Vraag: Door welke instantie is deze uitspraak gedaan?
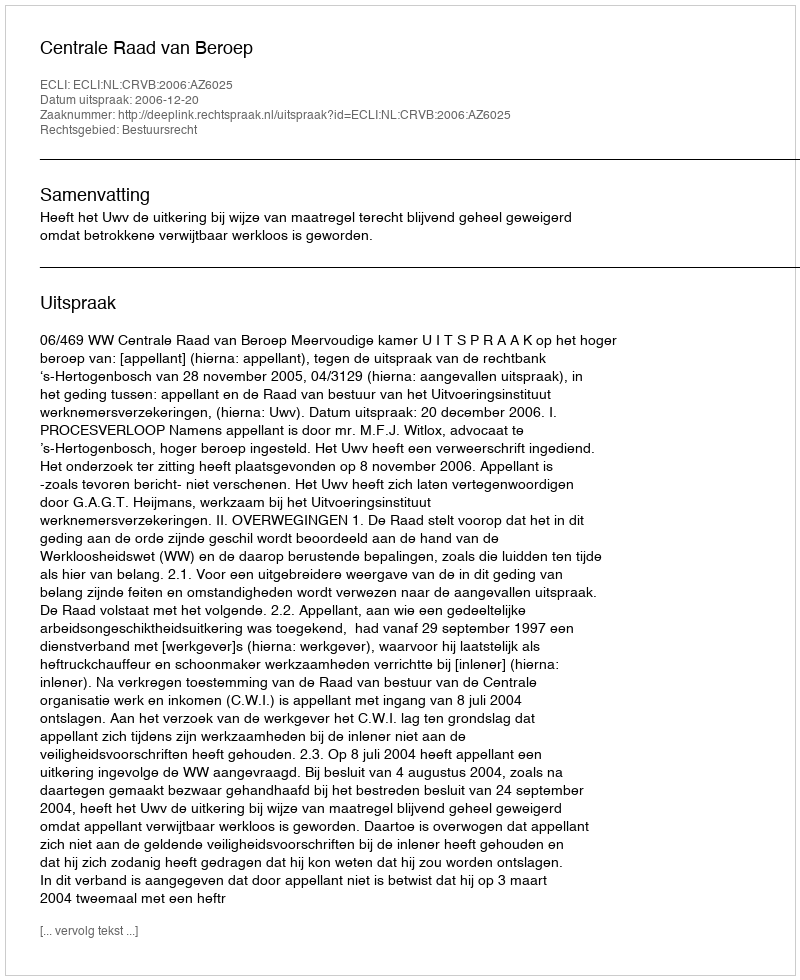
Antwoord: Centrale Raad van Beroep